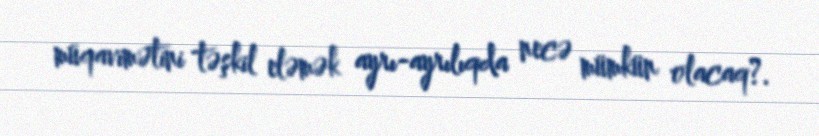
müqavimətini təşkil eləmək ayrı-ayrılıqda necə mümkün olacaq?.